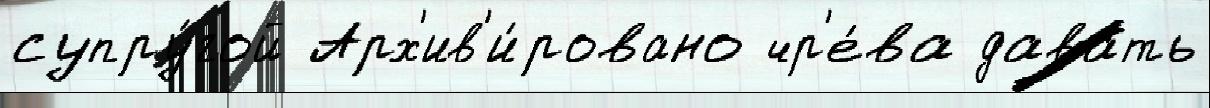
супру́гой Арх'ив'и́ровано чр'е́ва дава́ть